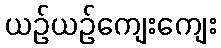
ယဉ်ယဉ်ကျေးကျေး